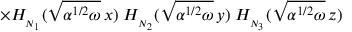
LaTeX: \times H _ { _ { N _ { 1 } } } ( \sqrt { \alpha ^ { 1 / 2 } \omega } \, x ) \; H _ { _ { N _ { 2 } } } ( \sqrt { \alpha ^ { 1 / 2 } \omega } \, y ) \; H _ { _ { N _ { 3 } } } ( \sqrt { \alpha ^ { 1 / 2 } \omega } \, z )